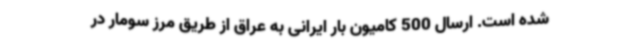
شده است. ارسال 500 کامیون بار ایرانی به عراق از طریق مرز سومار در